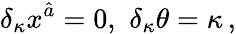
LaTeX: \delta_{\kappa}x^{\hat{a}}=0,\, \, \delta_{\kappa}\theta=\kappa\, ,